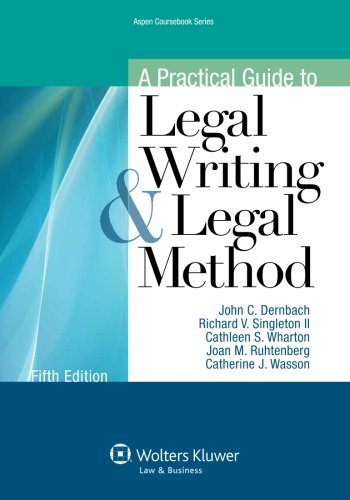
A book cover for A Practical Guide To Legal Writing and Legal Method, Fifth Edition (Aspen Coursebook); John C. Dernbach; Law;